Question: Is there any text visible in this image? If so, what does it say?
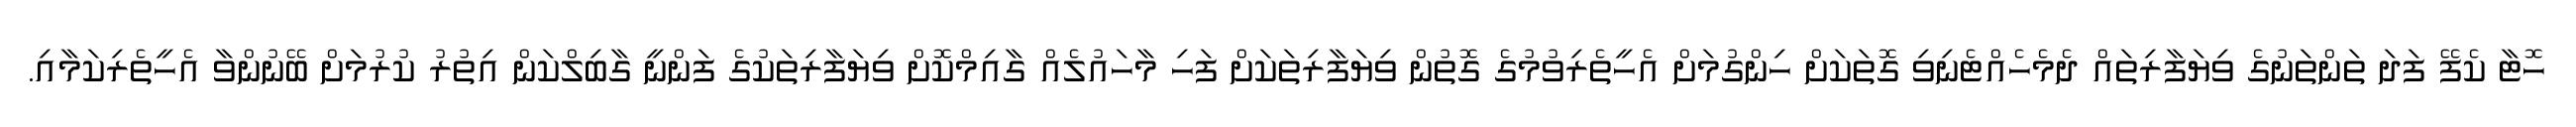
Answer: ހޮޓާ ކެފޭ ފަދަ ތަންތަނުގެ ވިޔަފާރިތައް ދެމެހެއްޓެނިވި ގޮތަކަށް ހިންގުމަށް އެހީތެރިވުމުގެ ގޮތުން ވިޔަފާރިތަކަށް ފަހި މާހައުލެއް ގާއިމްކޮށް ވިޔަފާރިތަކުގެ ފަންނީ ގާބިލްކަން އިތުރު ކުރުމަށް ބޭނުންވާ އެހީތެރިކަމާއި.